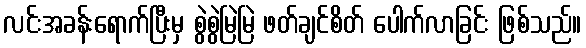
လင်းအခန်းရောက်ပြီးမှ စွဲစွဲမြဲမြဲ ဖတ်ချင်စိတ် ပေါက်လာခြင်း ဖြစ်သည်။